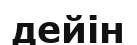
дейін